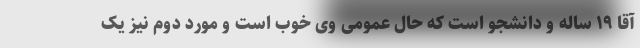
آقا ۱۹ ساله و دانشجو است که حال عمومی وی خوب است و مورد دوم نیز یک